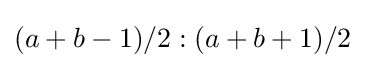
(a+b-1)/2:(a+b+1)/2